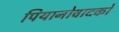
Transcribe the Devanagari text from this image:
पियानोवादकों